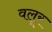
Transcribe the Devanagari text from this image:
वलूर